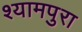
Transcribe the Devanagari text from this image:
श्यामपुरा